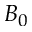
B _ { 0 }